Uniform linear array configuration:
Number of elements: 8
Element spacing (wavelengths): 0.75
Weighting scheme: hann
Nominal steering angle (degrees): -15
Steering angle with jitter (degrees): -13.183
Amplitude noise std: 0.05
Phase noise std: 0.05

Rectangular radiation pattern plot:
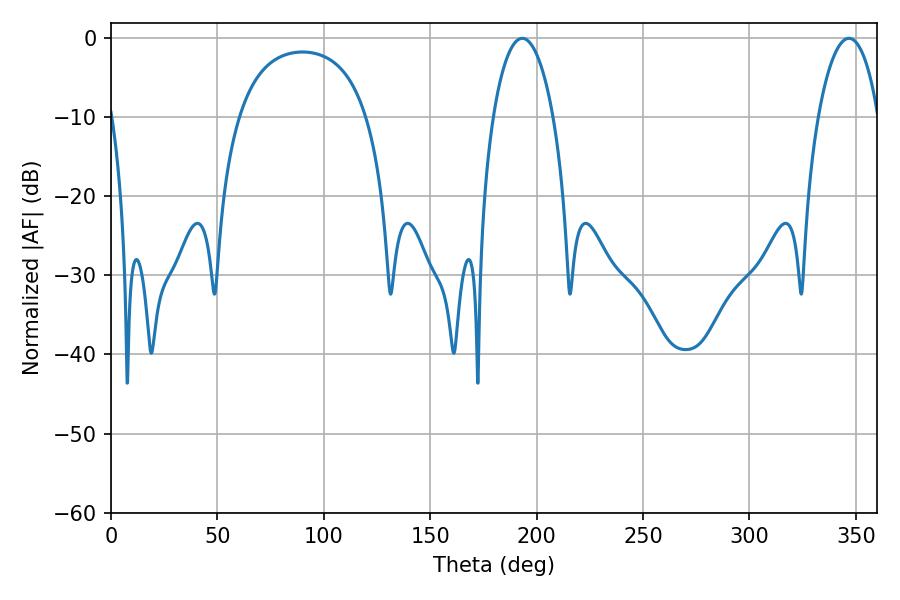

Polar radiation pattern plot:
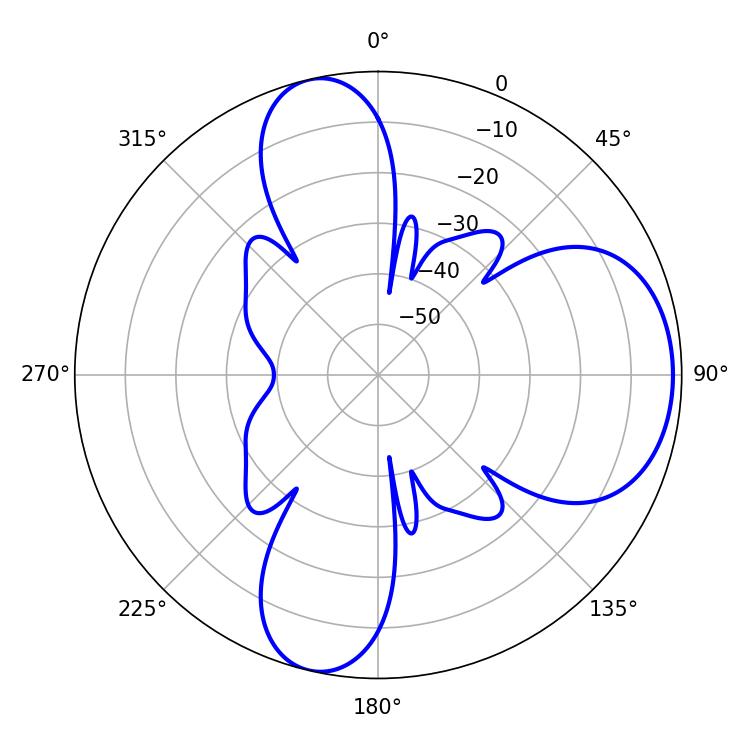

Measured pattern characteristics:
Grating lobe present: TRUE
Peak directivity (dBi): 7.836
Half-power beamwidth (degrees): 16.02
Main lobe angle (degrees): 193.32